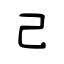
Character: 己